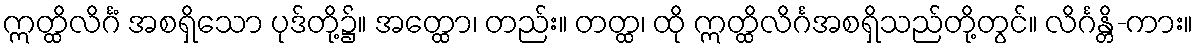
ဣတ္ထိလိင်္ဂံ အစရှိသော ပုဒ်တို့၌။ အတ္ထော၊ တည်း။ တတ္ထ၊ ထို ဣတ္ထိလိင်္ဂအစရှိသည်တို့တွင်။ လိင်္ဂန္တိ-ကား။